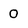
Character: 0